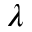
\lambda